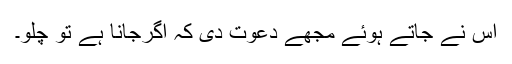
اس نے جاتے ہوئے مجھے دعوت دی کہ اگرجانا ہے تو چلو۔